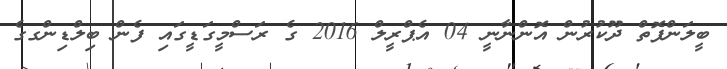
ބީލަންފޮތް ދޫކުރުން އޮންނާނީ 04 އެޕްރީލް 2016 ގެ ރަސްމީގަޑީގައި ފެން ބިލްޑިންގގެ